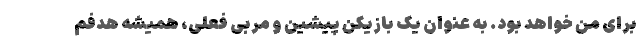
برای من خواهد بود. به عنوان یک بازیکن پیشین و مربی فعلی، همیشه هدفم